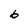
Character: 6